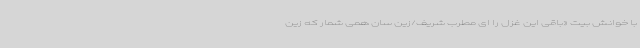
با خوانش بیت «باقی این غزل را ای مطرب شریف/زین سان همی شمار که زین